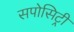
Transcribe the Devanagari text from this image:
सपोसिट्री